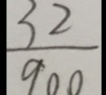
\frac { 3 2 } { 9 0 0 }